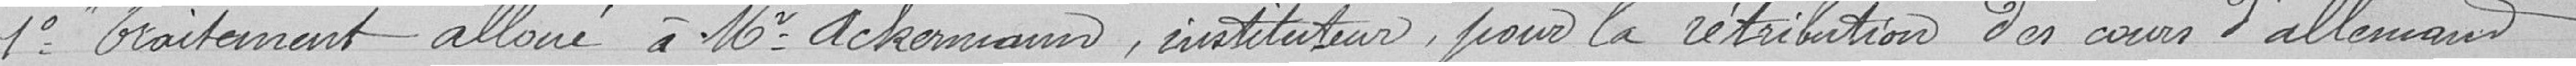
1° Traitement alloué à Monsieur Ackermann, instituteur, pour la rétribution des cours d'allemand